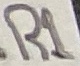
Text: R1